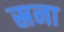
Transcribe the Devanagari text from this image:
स्रना